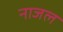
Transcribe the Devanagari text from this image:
नाजल